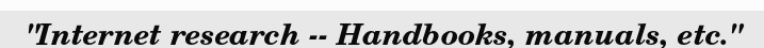
"Internet research -- Handbooks, manuals, etc."